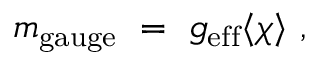
m _ { \mathrm { g a u g e } } ~ = ~ g _ { \mathrm { e f f } } \langle \chi \rangle ~ ,